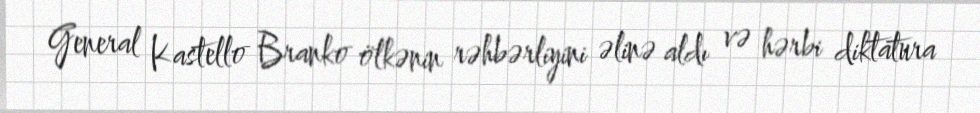
General Kastello Branko ölkənin rəhbərliyini əlinə aldı və hərbi diktatura